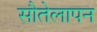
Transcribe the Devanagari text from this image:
सौतेलापन